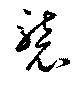
襲